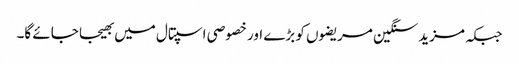
جبکہ مزید سنگین مریضوں کو بڑے اور خصوصی اسپتال میں بھیجا جائے گا۔